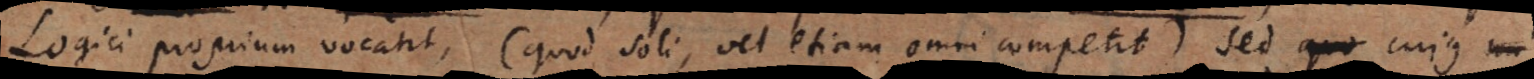
Logici proprium vocant (quod soli, vel etiam omni competit), sed cujus